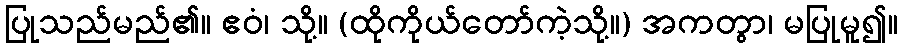
ပြုသည်မည်၏။ ဧဝံ၊ သို့။ (ထိုကိုယ်တော်ကဲ့သို့။) အကတွာ၊ မပြုမူ၍။